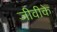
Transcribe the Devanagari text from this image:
जीवीके